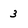
Character: 3